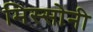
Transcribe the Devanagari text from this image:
मिस्सोनी